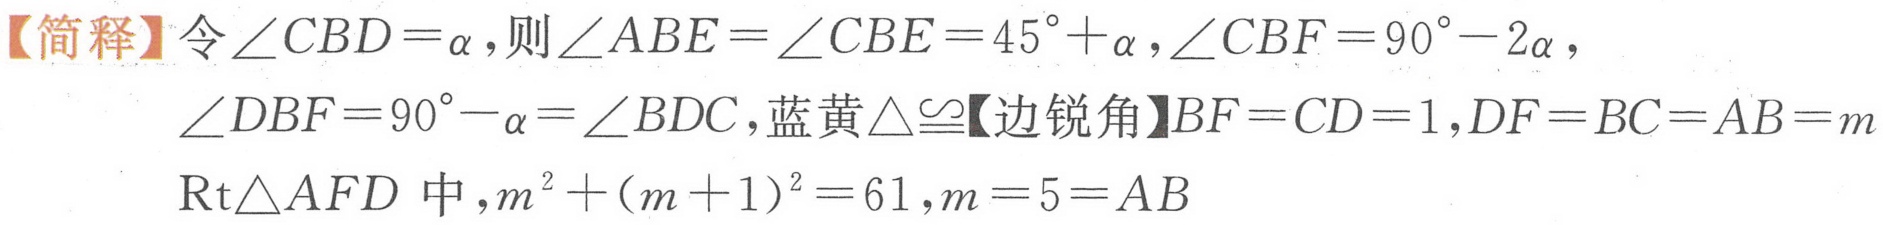
【简释】令\(\angle CBD=\alpha\)，则\(\angle ABE = \angle CBE = 45^{\circ}+\alpha\)，\(\angle CBF = 90^{\circ}-2\alpha\)，
\(\angle DBF = 90^{\circ}-\alpha=\angle BDC\)，蓝黄\(\triangle\cong\)【边锐角】\(BF = CD = 1\)，\(DF = BC = AB = m\)
\(\text{Rt}\triangle AFD\)中，\(m^{2}+(m + 1)^{2}=61\)，\(m = 5 = AB\)